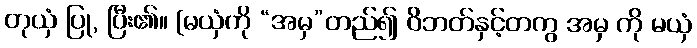
တုယှံ ပြု, ပြီး၏။ [မယှံကို “အမှ”တည်၍ ဝိဘတ်နှင့်တကွ အမှ ကို မယှံ